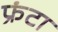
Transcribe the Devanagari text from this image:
फ्रंटा